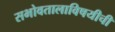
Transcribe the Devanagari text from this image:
सभोवतालाविषयीची